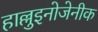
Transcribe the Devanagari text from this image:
हाल्लुइनोजेनीक